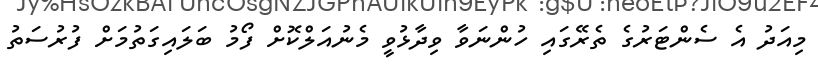
މިއަދު އެ ސެންޓަރުގެ ތެރޭގައި ހުންނަވާ ވިދާޅުވީ މެނުއަލްކޮށް ފޯމު ބަލައިގަތުމަށް ފުރުސަތު